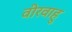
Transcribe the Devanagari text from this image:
वीरवाहु